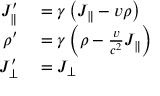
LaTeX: \begin{array} { r l } { J _ { \parallel } ^ { \prime } } & { { } = \gamma \left( J _ { \parallel } - v \rho \right) } \\ { \rho ^ { \prime } } & { { } = \gamma \left( \rho - { \frac { v } { c ^ { 2 } } } J _ { \parallel } \right) } \\ { J _ { \bot } ^ { \prime } } & { { } = J _ { \bot } } \end{array}